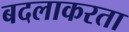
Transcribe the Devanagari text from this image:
बदलाकरता